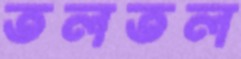
তলতল